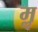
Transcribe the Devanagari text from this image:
मॢ